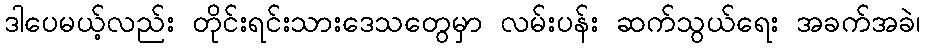
ဒါပေမယ့်လည်း တိုင်းရင်းသားဒေသတွေမှာ လမ်းပန်း ဆက်သွယ်ရေး အခက်အခဲ၊